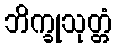
ဘိက္ခုသုတ္တံ